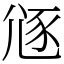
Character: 䝇